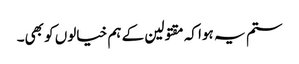
ستم یہ ہوا کہ مقتولین کے ہم خیالوں کو بھی۔